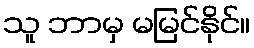
သူ ဘာမှ မမြင်နိုင်။